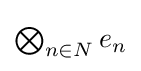
{\textstyle \bigotimes _{n\in N}{e_{n}}}